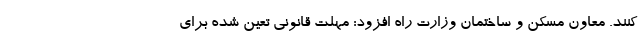
کنند. معاون مسکن و ساختمان وزارت راه افزود: مهلت قانونی تعین شده برای